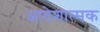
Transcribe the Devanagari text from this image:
आदेशात्‍मक